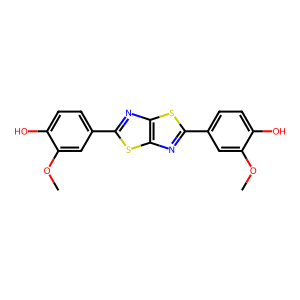
SMILES: COc1cc(-c2nc3sc(-c4ccc(O)c(OC)c4)nc3s2)ccc1O
Inhibits HIV replication: No